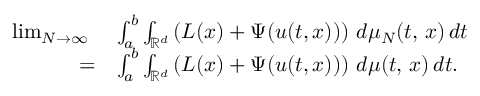
\begin{array} { r l } { \operatorname* { l i m } _ { N \rightarrow \infty } \ } & { \int _ { a } ^ { b } \int _ { \mathbb { R } ^ { d } } \left( L ( x ) + \Psi ( u ( t , x ) ) \right) \, d \mu _ { N } ( t , \, x ) \, d t } \\ { = } & { \int _ { a } ^ { b } \int _ { \mathbb { R } ^ { d } } \left( L ( x ) + \Psi ( u ( t , x ) ) \right) \, d \mu ( t , \, x ) \, d t . } \end{array}